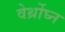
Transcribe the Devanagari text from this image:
वेर्थ्रोघ्न